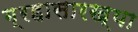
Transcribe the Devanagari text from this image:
ग्रहासारख्या